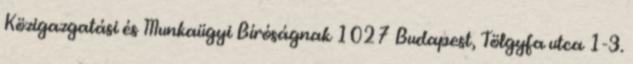
Közigazgatási és Munkaügyi Bíróságnak 1027 Budapest, Tölgyfa utca 1-3.